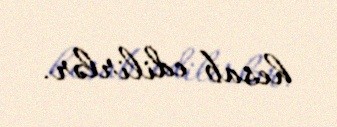
hesab edilirlər.